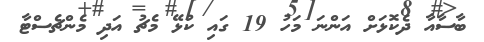
ބާސާއާ ދެކޮޅަށް އަންނަ މަހު 19 ގައި ކުޅޭ މެޗު އަދި މެންޗެސްޓާ